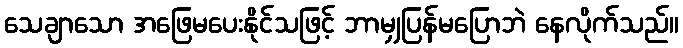
သေချာသော အဖြေမပေးနိုင်သဖြင့် ဘာမျှပြန်မပြောဘဲ နေလိုက်သည်။